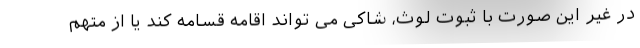
در غیر این صورت با ثبوت لوث، شاکی می تواند اقامه قسامه کند یا از متهم